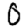
Digit: 0